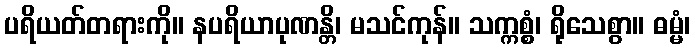
ပရိယတ်တရားကို။ နပရိယာပုဏန္တိ၊ မသင်ကုန်။ သက္ကစ္စံ၊ ရိုသေစွာ။ ဓမ္မံ၊